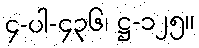
၄-ပါ-၄၃၆၊ ဋ္ဌ-၁၂၅။